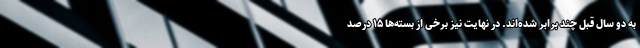
به دو سال قبل چند برابر شده‌اند. در نهایت نیز برخی از بسته‌ها ۱۵ درصد